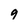
Character: 9